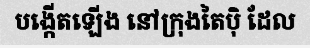
បង្កើតឡើង នៅក្រុងតៃប៉ិ ដែល